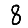
Digit: 8